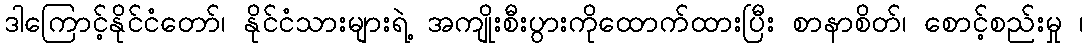
ဒါကြောင့်နိုင်ငံတော်၊ နိုင်ငံသားများရဲ့ အကျိုးစီးပွားကိုထောက်ထားပြီး စာနာစိတ်၊ စောင့်စည်းမှု ၊